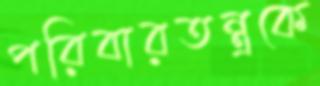
পরিবারতন্ত্রকে